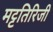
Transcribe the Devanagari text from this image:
मट्टतिरिजी